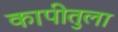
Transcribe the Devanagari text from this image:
कापीतुला